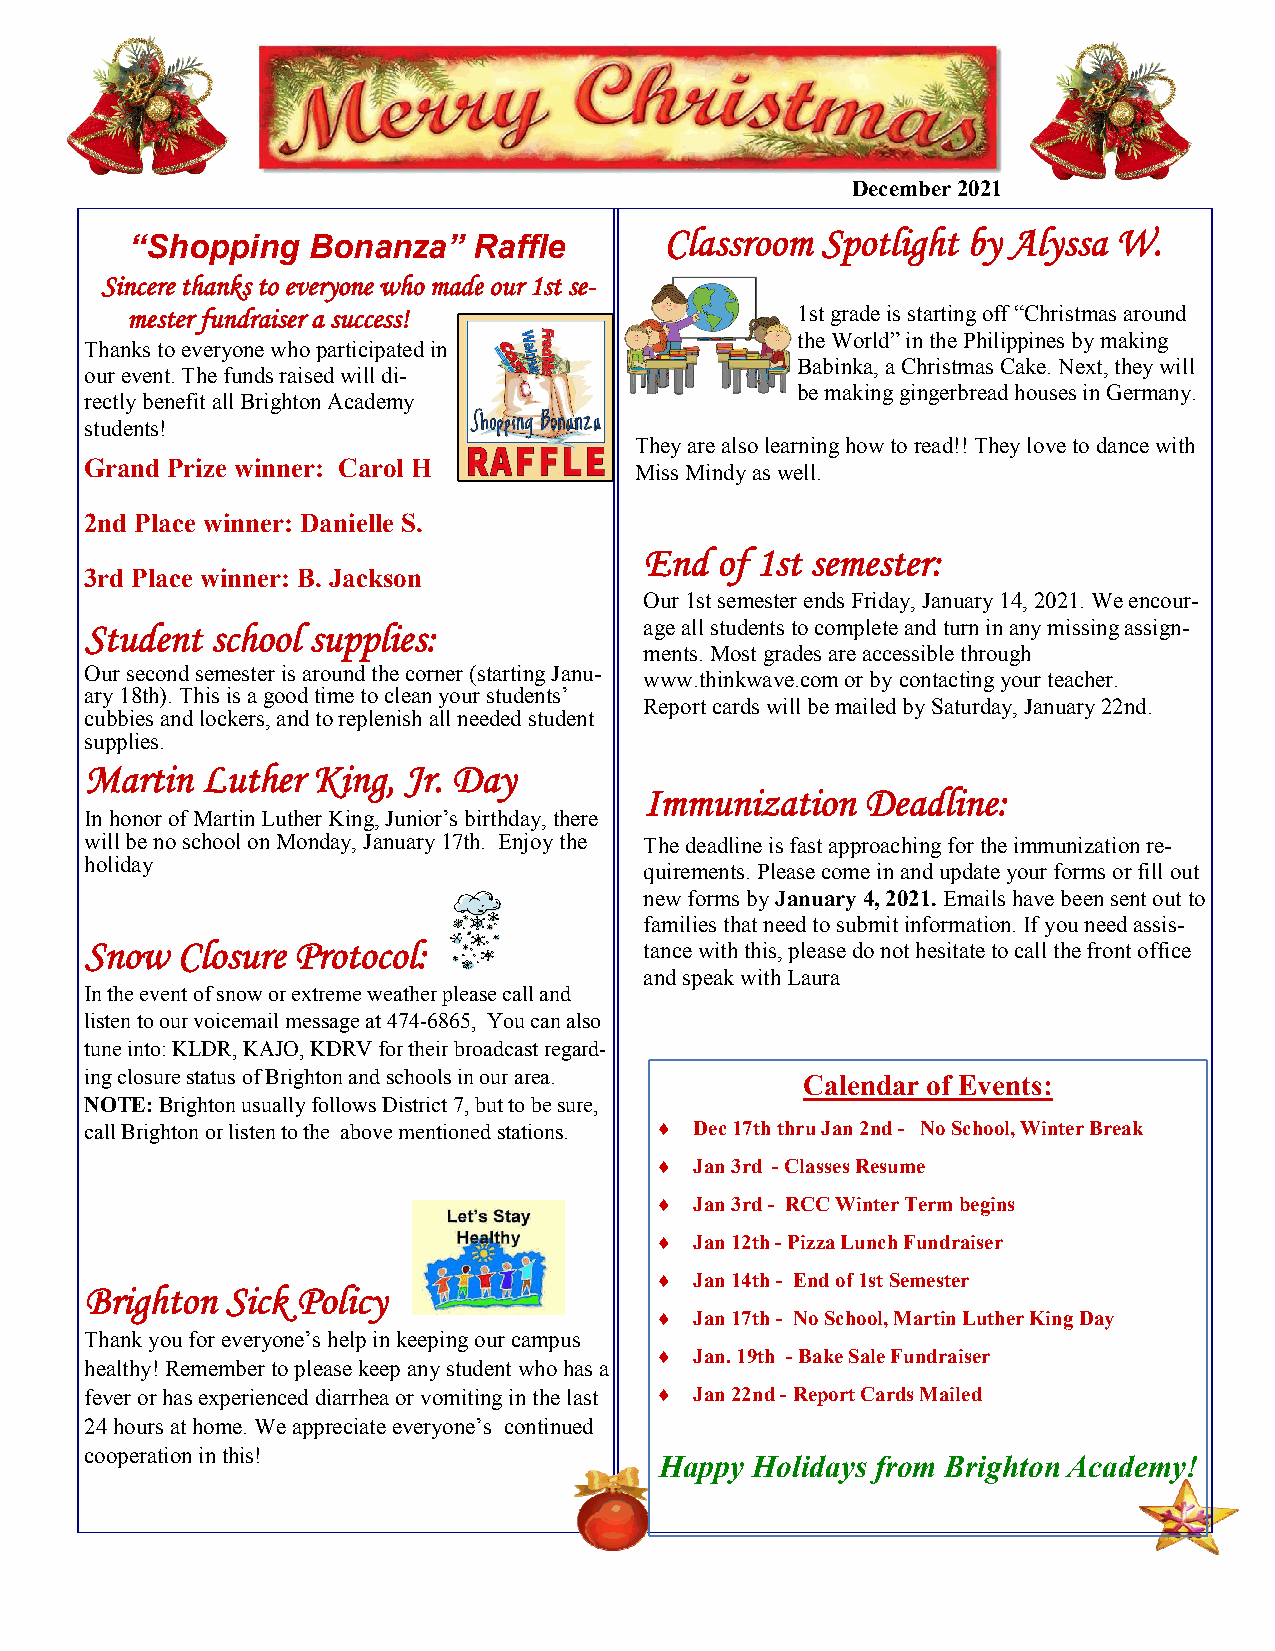
December 2021
 Classroom Spotlight by Alyssa W.
 “Shopping  Bonanza”   Raffle
 Sincere thanks to everyone who made our 1st se-
 mester fundraiser a success!                 1st grade is starting off “Christmas around
 the World” in the Philippines by making
 Thanks to everyone who participated in
 Babinka, a Christmas Cake. Next, they will
 our event. The funds raised will di-
 be making gingerbread houses in Germany.
 rectly benefit all Brighton Academy
 students!
 They are also learning how to read!! They love to dance with
 Grand Prize winner: Carol H         Miss Mindy as well.
 2nd Place winner: Danielle S.
 End of 1st semester:
 3rd Place winner: B. Jackson
 Our 1st semester ends Friday, January 14, 2021. We encour-
 Student school supplies:             age all students to complete and turn in any missing assign-
 ments. Most grades are accessible through
 Our second semester is around the corner (starting Janu-
 www.thinkwave.com or by contacting your teacher.
 ary 18th). This is a good time to clean your students’
 Report cards will be mailed by Saturday, January 22nd.
 cubbies and lockers, and to replenish all needed student
 supplies.
 Martin Luther  King, Jr. Day
 Immunization  Deadline:
 In honor of Martin Luther King, Junior’s birthday, there
 will be no school on Monday, January 17th. Enjoy the The deadline is fast approaching for the immunization re-
 holiday
 quirements. Please come in and update your forms or fill out
 new forms by January 4, 2021. Emails have been sent out to
 families that need to submit information. If you need assis-
 Snow  Closure Protocol:              tance with this, please do not hesitate to call the front office
 and speak with Laura
 In the event of snow or extreme weather please call and
 listen to our voicemail message at 474-6865, You can also
 tune into: KLDR, KAJO, KDRV for their broadcast regard-
 ing closure status of Brighton and schools in our area. Calendar of Events:
 NOTE: Brighton usually follows District 7, but to be sure,
 call Brighton or listen to the above mentioned stations. ♦ Dec 17th thru Jan 2nd - No School, Winter Break
 ♦  Jan 3rd - Classes Resume
 ♦  Jan 3rd - RCC Winter Term begins
 ♦  Jan 12th - Pizza Lunch Fundraiser
 ♦  Jan 14th - End of 1st Semester
 Brighton Sick Policy
 ♦  Jan 17th - No School, Martin Luther King Day
 Thank you for everyone’s help in keeping our campus
 ♦  Jan. 19th - Bake Sale Fundraiser
 healthy! Remember to please keep any student who has a
 fever or has experienced diarrhea or vomiting in the last ♦ Jan 22nd - Report Cards Mailed
 24 hours at home. We appreciate everyone’s continued
 cooperation in this!
 Happy Holidays from Brighton Academy!